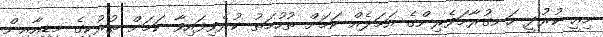
މިއީ ކުރުދީ ހަނގުރާމަވެރިންގެ އަމަލެއް ކަމަށް ތުހުމަތު ކުރެވިފައިވާ ކަމަށް ތުރުކީގެ މީޑިއާއިން